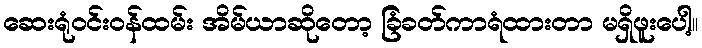
ဆေးရုံဝင်းဝန်ထမ်း အိမ်ယာဆိုတော့ ခြံခတ်ကာရံထားတာ မရှိဖူးပေါ့။